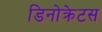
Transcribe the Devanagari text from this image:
डिनोक्रेटस